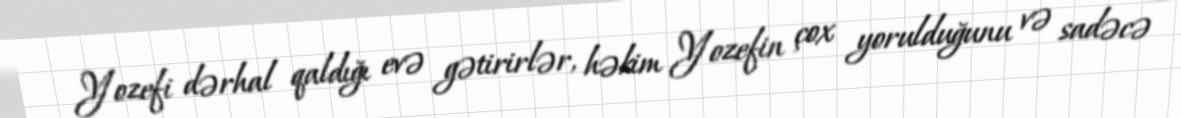
Yozefi dərhal qaldığı evə gətirirlər, həkim Yozefin çox yorulduğunu və sadəcə